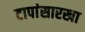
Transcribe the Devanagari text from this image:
टापांसारखा